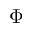
\Phi